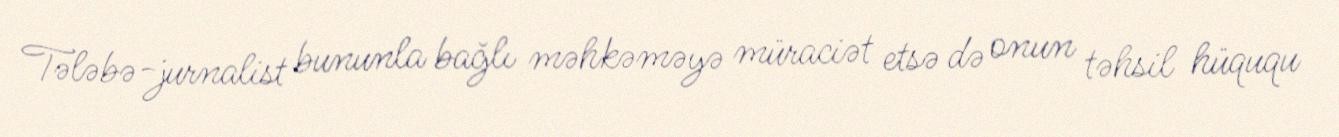
Tələbə-jurnalist bununla bağlı məhkəməyə müraciət etsə də onun təhsil hüququ